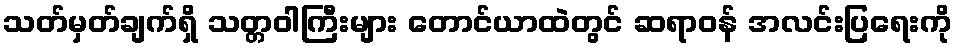
သတ်မှတ်ချက်ရှိ သတ္တဝါကြီးများ တောင်ယာထဲတွင် ဆရာဝန် အလင်းပြရေးကို